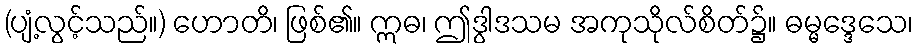
(ပျံ့လွင့်သည်။) ဟောတိ၊ ဖြစ်၏။ ဣဓ၊ ဤဒွါဒသမ အကုသိုလ်စိတ်၌။ ဓမ္မဒ္ဒေသေ၊